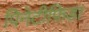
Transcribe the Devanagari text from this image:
पिनेटीफ़िडा